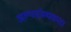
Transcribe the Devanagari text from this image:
अल्पसंख्यकता